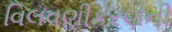
વિલવણીકરણની